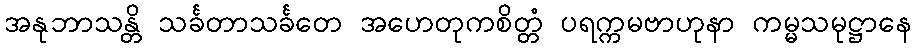
အနုဘာသန္တိ သင်္ခတာသင်္ခတေ အဟေတုကစိတ္တံ ပရက္ကမဗာဟုနာ ကမ္မသမုဋ္ဌာနေ